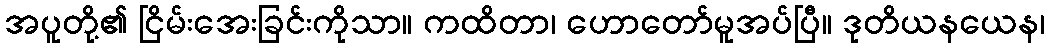
အပူတို့၏ ငြိမ်းအေးခြင်းကိုသာ။ ကထိတာ၊ ဟောတော်မူအပ်ပြီ။ ဒုတိယနယေန၊